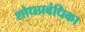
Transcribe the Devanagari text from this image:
शोधप्रबंधिका